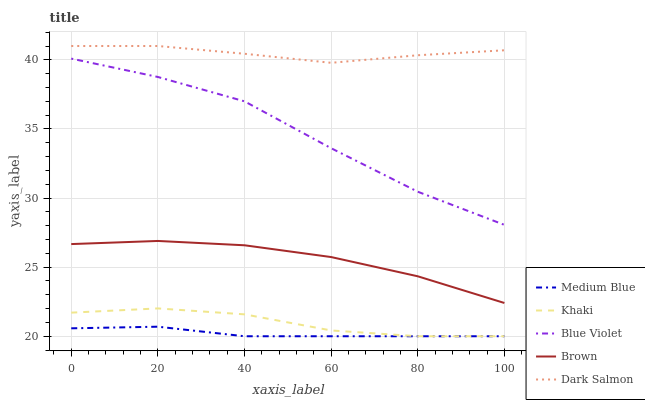
| xaxis_label | Medium Blue | Khaki | Blue Violet | Brown | Dark Salmon |
 | --- | --- | --- | --- | --- | --- |
 | 0 | 20.6 | 21.7 | 40.1 | 26.7 | 41 |
 | 20 | 20.7 | 22 | 38.8 | 26.9 | 41 |
 | 40 | 20 | 21.6 | 37 | 26.6 | 40.4 |
 | 60 | 20 | 20.4 | 33.6 | 25.7 | 39.8 |
 | 80 | 20 | 20 | 30.5 | 24.3 | 40.3 |
 | 100 | 20 | 20 | 28.1 | 22.4 | 40.7 |